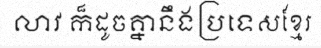
លាវ ក៏ដូចគ្នានឹងប្រទេសខ្មែរ